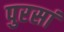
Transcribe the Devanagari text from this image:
पुरसां